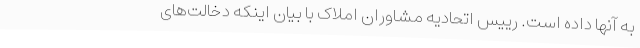
به آنها داده‌ است. رییس اتحادیه مشاوران املاک با بیان اینکه دخالت‌های